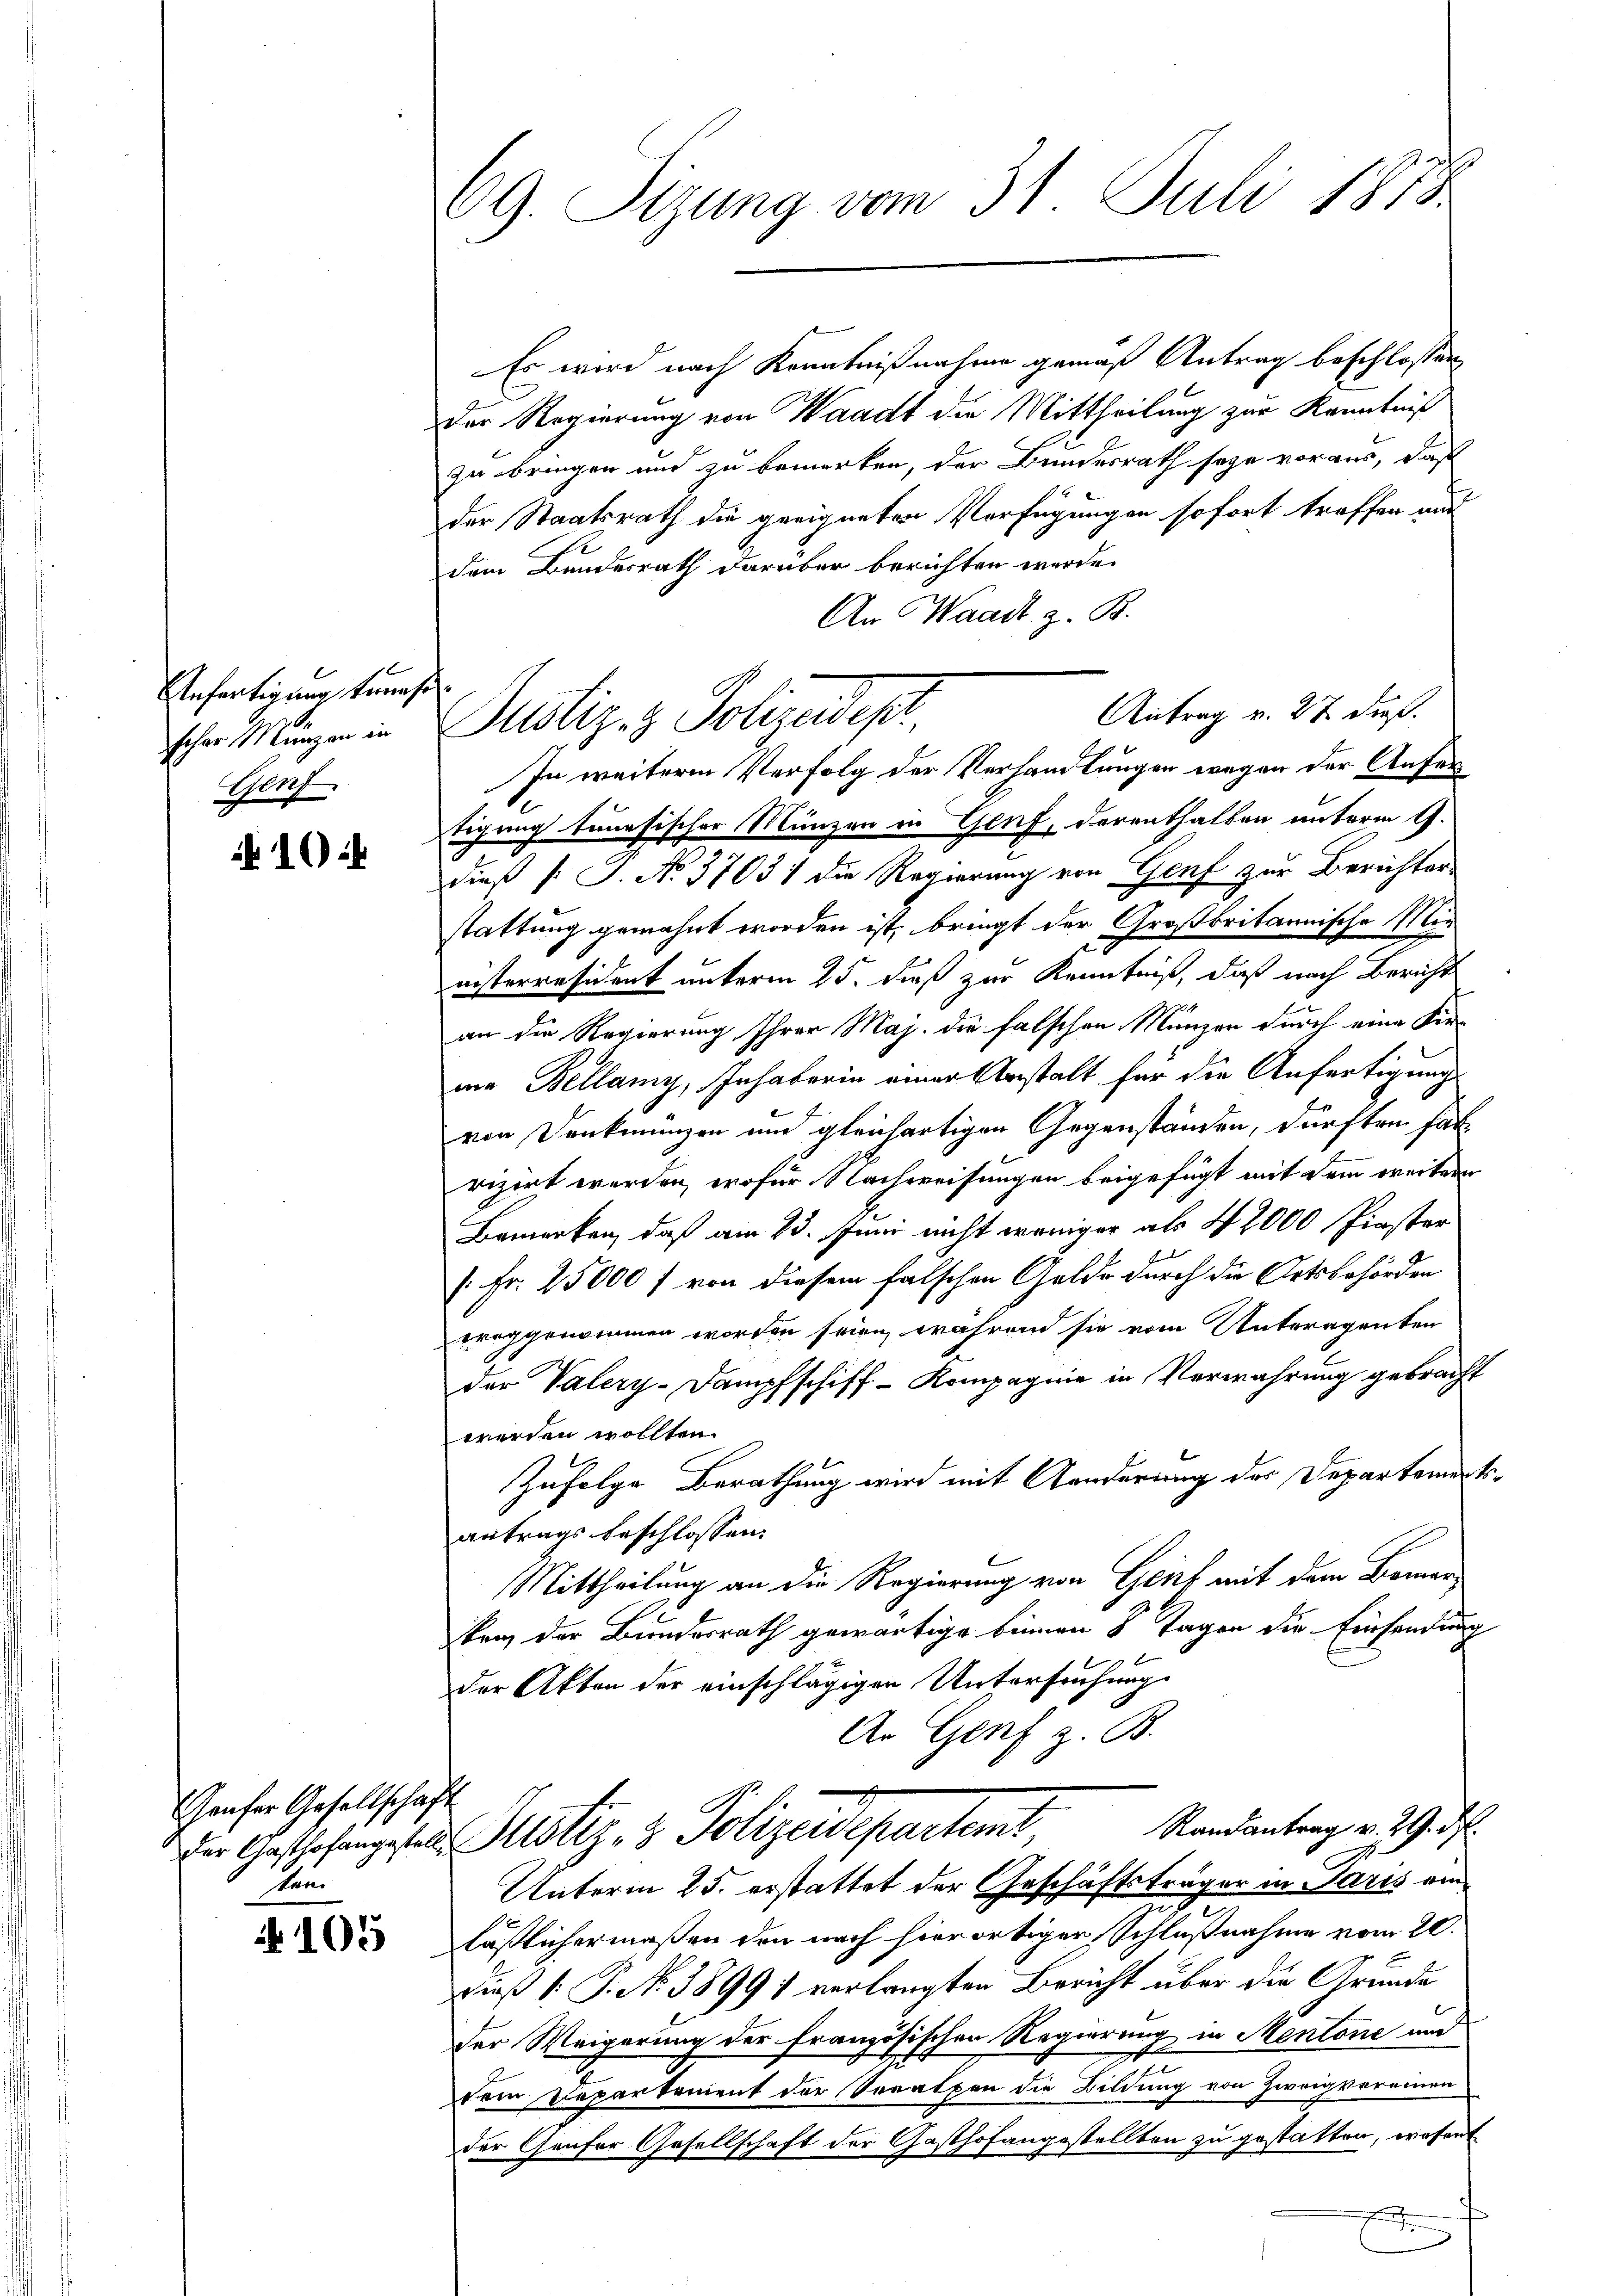
Anfertigung bemes
scher Manzen in
uf,

10:

Genfer Gesellschaf
ten.

105

69. Sizung vom 31. Juli 1878

Justiz- & Polizeidept.

Es wird nach Kenntnißnahme gemäß Antrag beschlossen
Der Regierung von Waadt die Mittheilung zur Kenntniß
zu bringen und zu bemerken, der Bundesrath sage voraus, daß
der Staatsrath die geeigneten Verfügungen sofort treffen aus
s
dem Bundesrath darüber berichten werde.
An Waadt z. B.
Antrag v. 27. dieß.
In weitere Verfolg der Verhandlungen wegen der Anfer
tigung tunesischer Münzen in Genf, derenthalben unterm 9.
dieß (: J. No. 37031 die Regierung von Genf zur Berichter
stattung gemahnt worden ist, bringt der Großbritannische Mie
nisterresident unterm 25. dieß zur Kenntniß, daß nach Bericht
an die Regierung Ihrer Maj. die falschen Münzer durch eine Kirwie Bellany, Inhaberin einer Anstalt für die Anfertigung
von Denkmünzen und gleichartigen Gegenständen, dürften hat
vizirt werden, wofür Nachweisungen beigefügt mit dem weitern
Bemerken, daß am 23. Juni nicht weniger als 42000 Pinster
[Fr. 25000 f von diesem falschen Gelde durch die Ortsbehörden
eroggenommen worden seien, während sie vom Unteragenten
der Valery-Dampfschiff-Kompagnie in Verwahrung gebracht
werden wollten.
Zufolge Berathung wird mit Ganderung der Departements-
antrags beschlossen:
Mittheilung an die Regierung von Geih mit dem Bemer-
e
ken der Bundesrath gewärtige binnen 8 Tagen die Einsendung
der Akten der einschlägigen Untersuchung
Ar Genf z. B.
f
Randantrag v. 29. d.
Der Geschafenge Justiz & Polizeidepartent
Unterm 25. erstattet der Geschäftsträger in Saris am
läßlichermaßen den nach hierortigen Schlußnahme vom 20.
dieß [: P. Nr. 3899) verlangten Bericht über die Grunde
der Weigerung der französischen Regierung in Mentone und
dem Departement der Seraten die Bildung von Zweigverainen
der Gaufer Gesellschaft der Gasthofangestellten zu gestatten, wesent